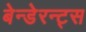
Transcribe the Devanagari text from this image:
बेन्डेरन्ट्स